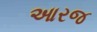
આરજ